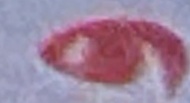
و